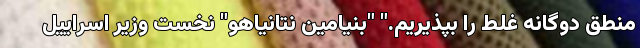
منطق دوگانه غلط را بپذیریم." "بنیامین نتانیاهو" نخست وزیر اسراییل